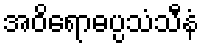
အဝိရောဓပ္ပသံသီနံ